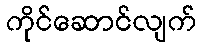
ကိုင်ဆောင်လျက်